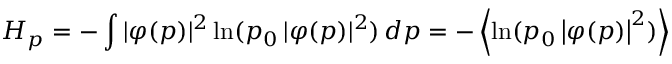
H _ { p } = - \int | \varphi ( p ) | ^ { 2 } \ln ( p _ { 0 } \, | \varphi ( p ) | ^ { 2 } ) \, d p = - \left\langle \ln ( p _ { 0 } \left| \varphi ( p ) \right| ^ { 2 } ) \right\rangle